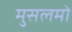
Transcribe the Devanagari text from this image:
मुसलमो